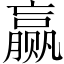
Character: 赢